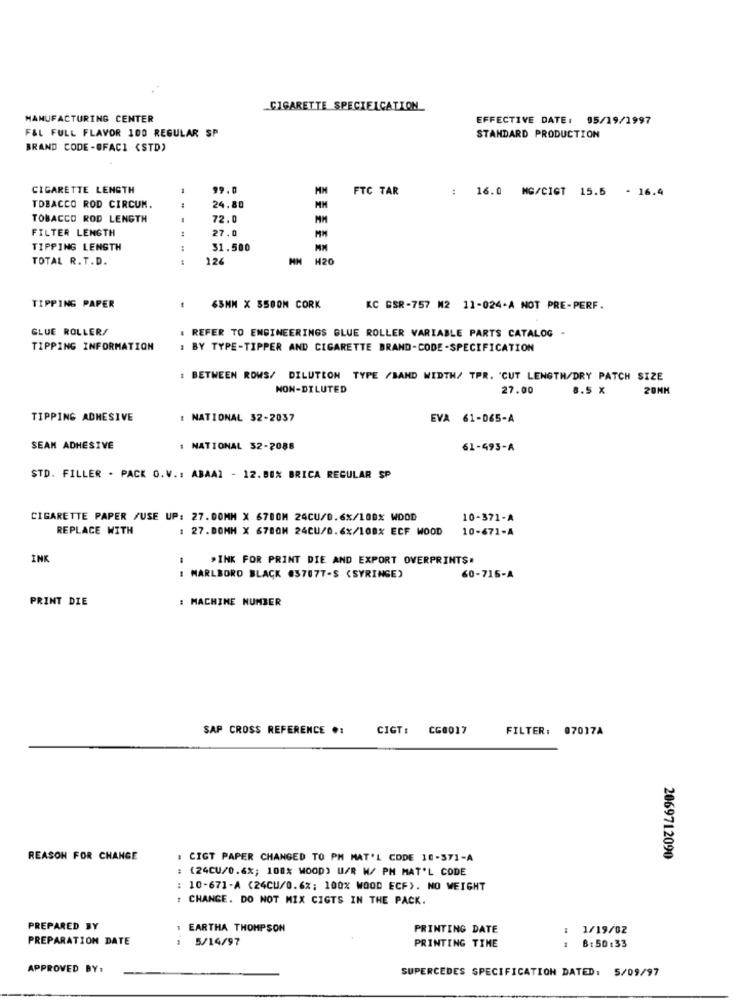
CIGARETTE SPECIELCATION
MANUFACTURING CENTER
EFFECTIVE DATE: 05/19/1997
F&L FULL FLAVOR 100 REGULAR SP
STANDARD PRODUCTION
BRAND CODE -OFACI (STD)
CIGARETTE LENGTH
99.0
FTC TAR
:
16.0 MG/CIGT 15.5 - 16.4
TOBACCO ROD CIRCUM.
24.80
TOBACCO ROD LENGTH
-
72.0
FILTER LENGTH
27.0
TIPPING LENGTH
31.500
TOTAL R.T.D.
---
126
H20
TIPPING PAPER
65MM X S500M CORK
KC BSR-757 M2 11-024-A NOT PRE-PERF.
GLUE ROLLER/
. REFER TO ENGINEERINGS GLUE ROLLER VARIABLE PARTS CATALOG -
TIPPING INFORMATION
: BY TYPE-TIPPER AND CIGARETTE BRAND-CODE-SPECIFICATION
: BETWEEN ROWS/ DILUTION TYPE /BAND WIDTH/ TPR. 'CUT LENGTH/DRY PATCH SIZE
NON-DILUTED
27.00
8.5 X
20MM
TIPPING ADHESIVE
: NATIONAL 32-2037
EVA 61-065-A
SEAM ADHESIVE
: NATIONAL 32-2088
61-493-A
STD. FILLER - PACK O.V .: ABAA1 - 12. 80% BRICA REGULAR SP
CIGARETTE PAPER /USE UP: 27.00MM X 6700M 24CU/0.6%/100% WOOD
10-371-A
REPLACE WITH
: 27.DOMH X 6780M 24CU/0.6x/108X ECF WOOD
10-671-A
INK
-
PINK FOR PRINT DIE AND EXPORT OVERPRINTS.
: MARLBORO BLACK #37077-S (SYRINGE)
60-715-A
PRINT DIE
: MACHINE NUMBER
SAP CROSS REFERENCE .:
CIGT: CG0017
FILTER: 07017A
REASON FOR CHANGE
: CIGT PAPER CHANGED TO PH MAT'L CODE 10-371-A
2069712090
: (24CU/0.6%; 100% WOOD) U/R W/ PM MAT'L CODE
: 10-671-A (24CU/0.6%; 100% WOOD ECF). NO WEIGHT
: CHANGE. DO NOT MIX CIGTS IN THE PACK.
PREPARED BY
1 EARTHA THOMPSON
PRINTING DATE
1/19/02
PREPARATION DATE
5/14/97
PRINTING TIME
--
8: 50:33
APPROVED BY:
SUPERCEDES SPECIFICATION DATED: 5/09/97